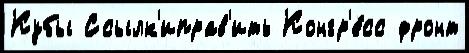
Кубы Ссылк'иправ'ить Конгр'е́сс фронт